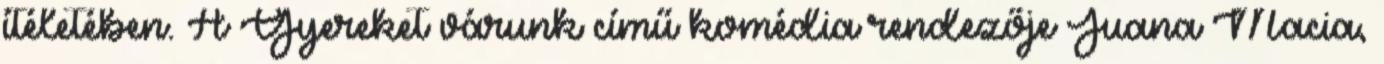
ítéletében. A Gyereket várunk című komédia rendezője Juana Macia,